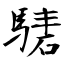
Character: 騞